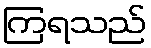
ကြရသည်